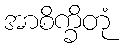
အာစိက္ခိတုံ